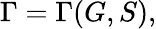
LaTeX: \Gamma=\Gamma(G,S),